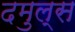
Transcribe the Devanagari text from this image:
दमुल्स